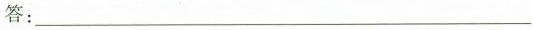
答：___